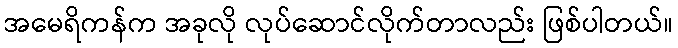
အမေရိကန်က အခုလို လုပ်ဆောင်လိုက်တာလည်း ဖြစ်ပါတယ်။